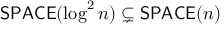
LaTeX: { \mathsf { S P A C E } } ( \log ^ { 2 } n ) \subsetneq { \mathsf { S P A C E } } ( n )